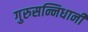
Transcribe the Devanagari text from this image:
गुरुसन्निधानी